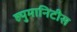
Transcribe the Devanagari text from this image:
ह्युमानिटीस